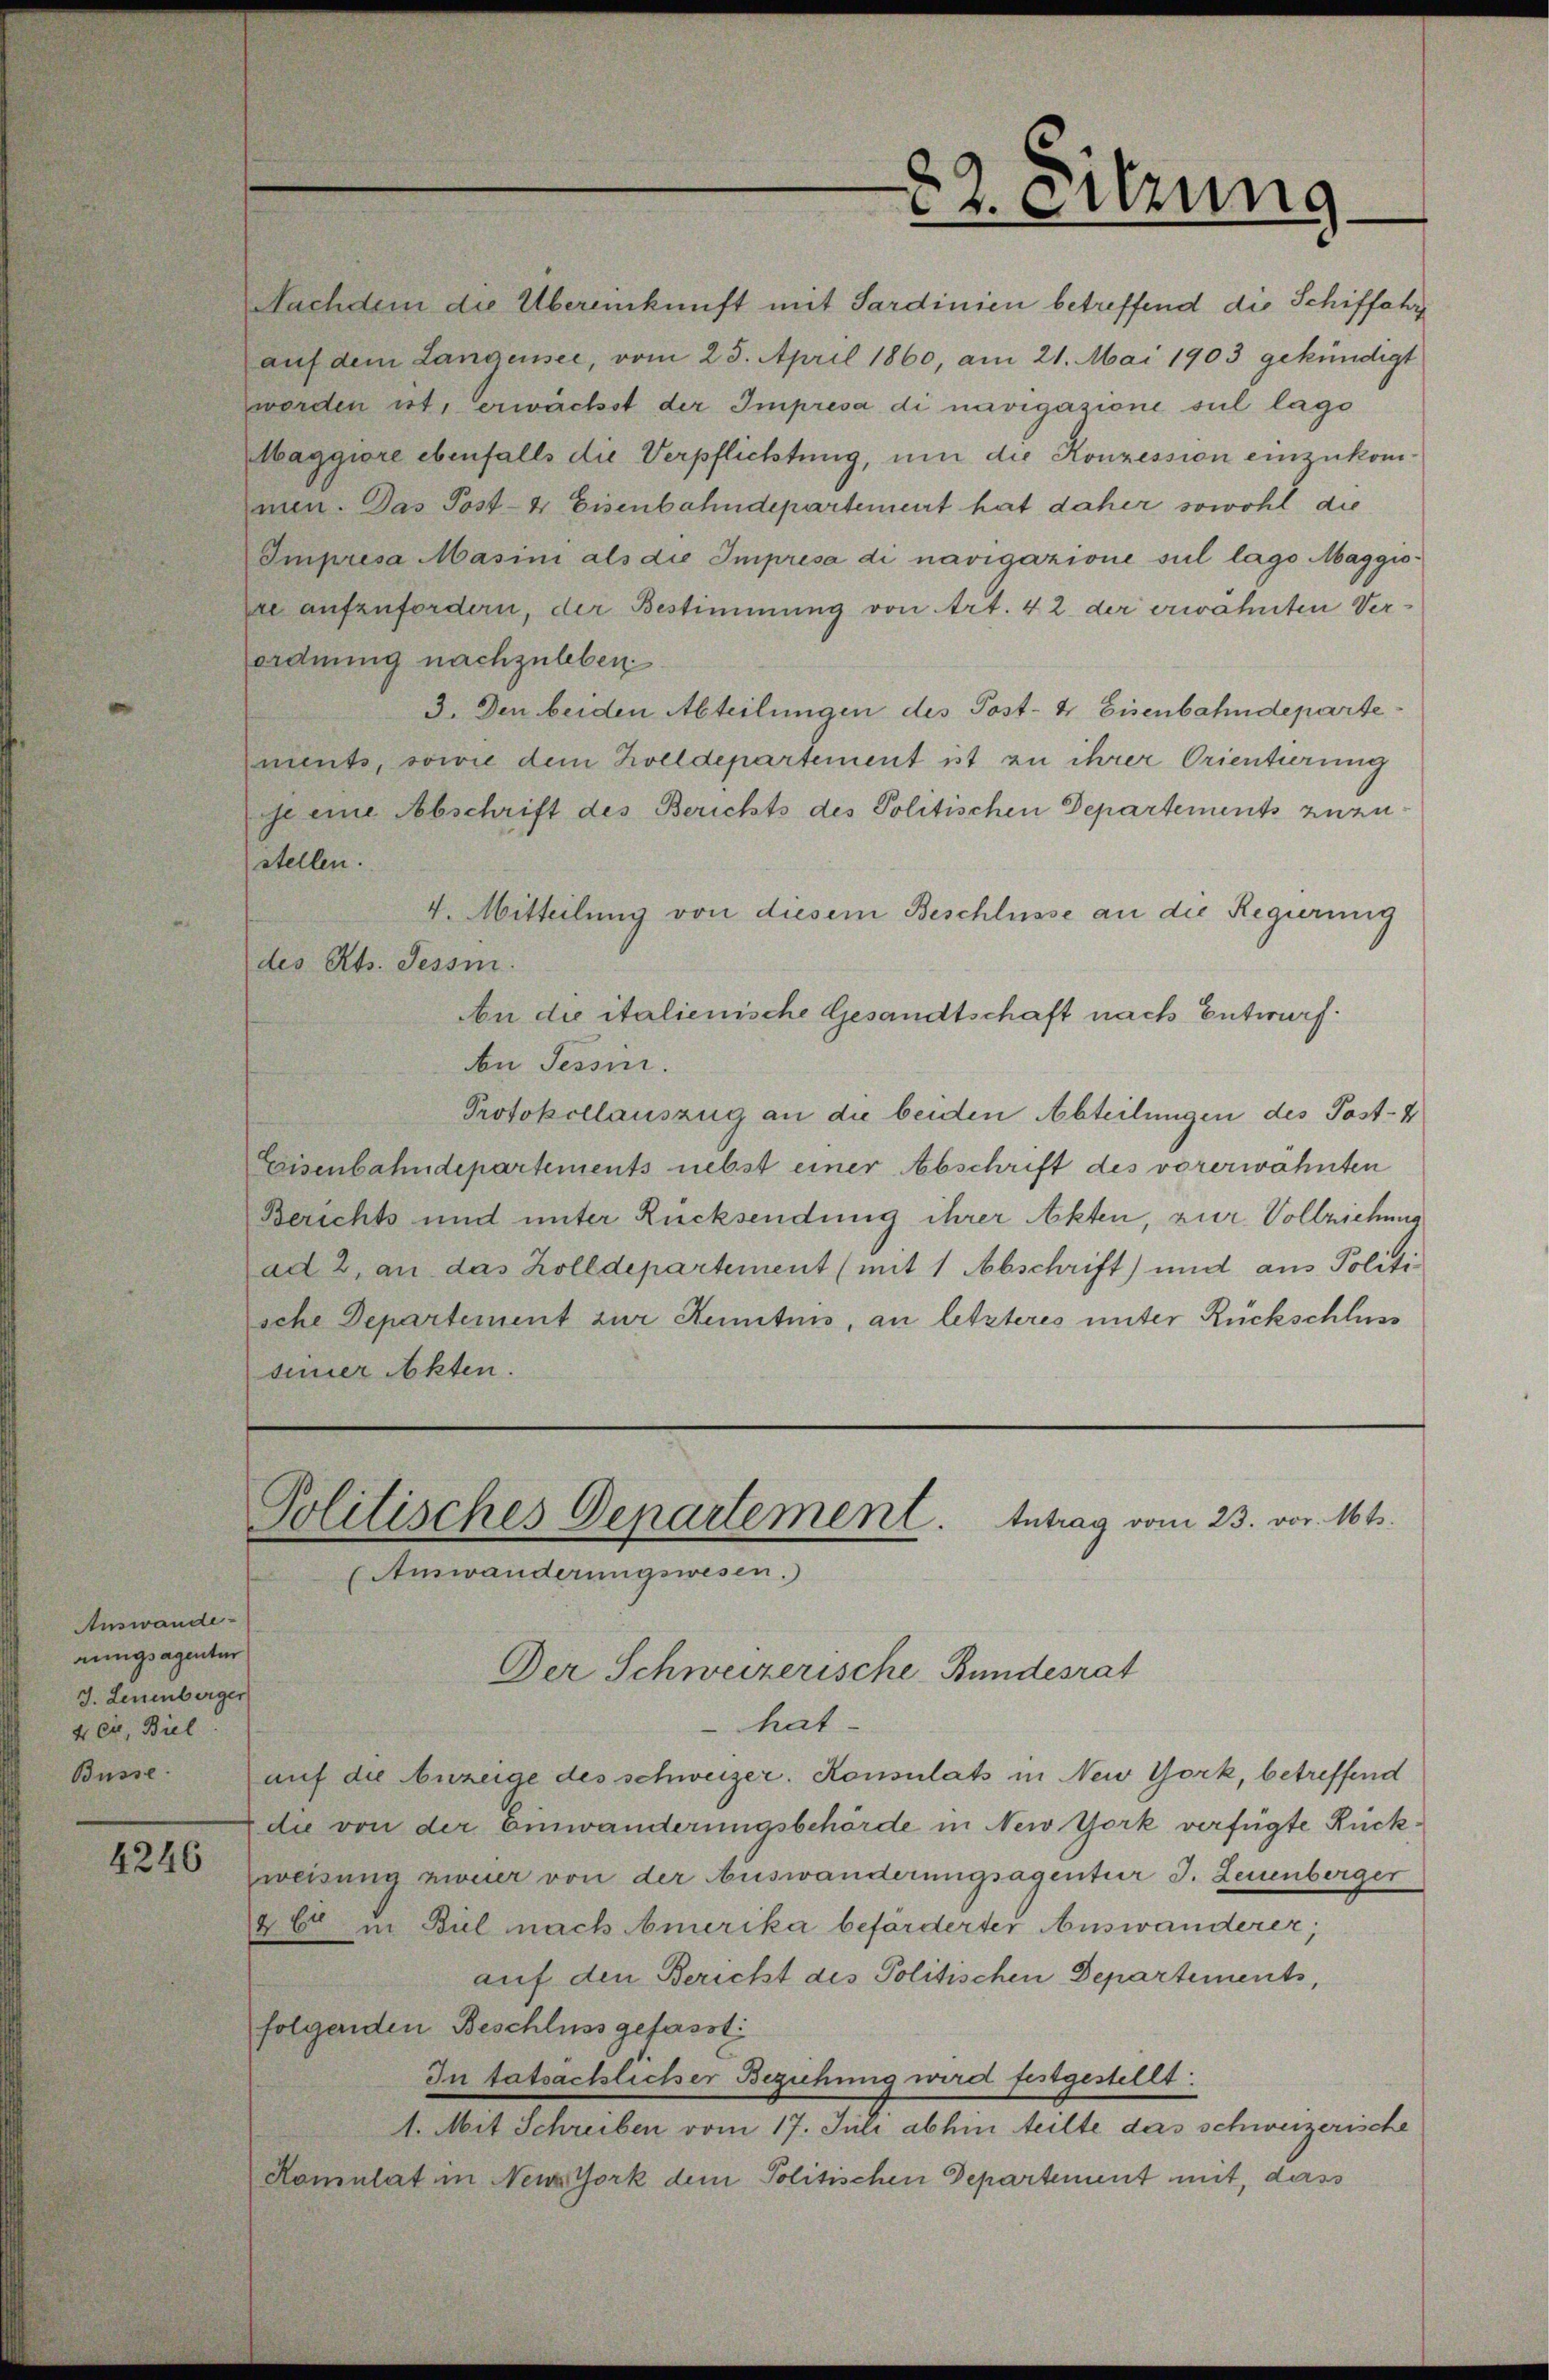
82. Sitzung
Nachdem die Übereinkunft mit Sardinien betreffend die Schiffahrt
auf dem Langensee, vom 25. April 1860, am 21. Mai 1903 gekündigt
worden ist, erwächst der Impresa di navigazione sul lago
Maggiore ebenfalls die Verpflichtung, um die Konzession einzukom¬
men. Das Post- & Eisenbahndepartement hat daher sowohl die
Impresa Masini als die Impresa di navigazione sul lago Maggio¬
re aufzufordern, der Bestimmung von Art. 42 der erwähnten Ver¬
ordnung nachzuleben.
3. Den beiden Abteilungen des Post- & Eisenbahndeparte¬
ments, sowie dem Zolldepartement ist zu ihrer Orientierung
je eine Abschrift des Berichts des Politischen Departements zuzu¬
stellen.
4. Mitteilung von diesem Beschlusse an die Regierung
des Kts. Tessin.
An die italienische Gesandtschaft nach Entwurf.
An Tessin.
Protokollauszug an die beiden Abteilungen des Post- &
Eisenbahndepartements nebst einer Abschrift des vorerwähnten
Berichts und unter Rücksendung ihrer Akten, zur Vollziehung
ad 2, an das Zolldepartement (mit 1 Abschrift) und ans Politi¬
sche Departement zur Kenntnis, an letzteres unter Rückschluss
seiner Akten.
Politisches Departement. Antrag vom 23. vor. Mts.
(Auswanderungswesen.)
Der Schweizerische Bundesrat
hat
auf die Anzeige des schweizer. Konsulats in New York, betreffend
die von der Einwanderungsbehörde in New York verfügte Rück¬
weisung zweier von der Auswanderungsagentur J. Leuenberger
& Cie in Biel nach Amerika beförderter Auswanderer;
auf den Bericht des Politischen Departements,
folgenden Beschluss gefasst:
In tatsächlicher Beziehung wird festgestellt:
1. Mit Schreiben vom 17. Juli abhin teilte das schweizerische
Konsulat in New York dem Politischen Departement mit, dass

Auswande¬
rungsagentur
J. Leuenberger
& Cie, Biel.
Busse.
4246